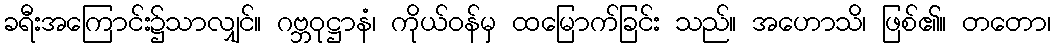
ခရီးအကြောင်း၌သာလျှင်။ ဂဗ္ဘဝုဋ္ဌာနံ၊ ကိုယ်ဝန်မှ ထမြောက်ခြင်း သည်။ အဟောသိ၊ ဖြစ်၏။ တတော၊